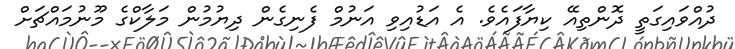
ދުއްވައިގަތީ ދޮންތިއޭ ކިޔާފައެވެ. އެ އަޑުއިވި އަނުމް ފެނިގެން ދިޔުމުން މަލާކްގެ މޫނުމައްޗަށް